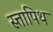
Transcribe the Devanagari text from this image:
स्त्तापिथ